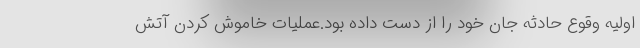
اولیه وقوع حادثه جان خود را از دست داده بود.عملیات خاموش کردن آتش